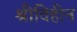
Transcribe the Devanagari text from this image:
श्रीविहीन